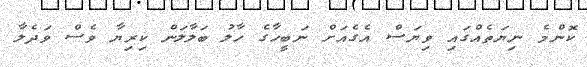
ކޮންމެ ނިޔަތެއްގައި ވިޔަސް އެގެއަށް ނަބީހާގެ ހާލު ބަލާލަން ކިރިޔާ ވެސް ވަދެލާ